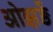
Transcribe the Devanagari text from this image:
ओझर्ङे